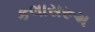
કલાસરૂમ